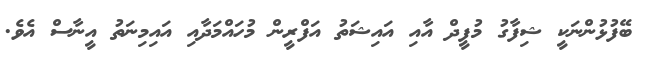
ބޭފުޅުންނަކީ ޝިފާގު މުފީދް އާއި އައިޝަތު އަފްރީން މުހައްމަދާއި އައިމިނަތު އީނާސް އެވެ.